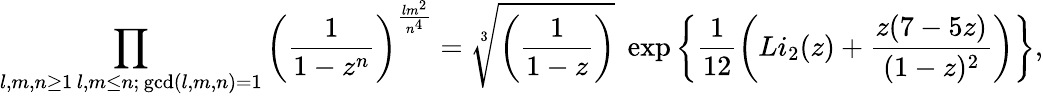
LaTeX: \prod_{\substack{l,m,n\geq 1\, l,m\leq n;\, \operatorname*{gcd}(l,m,n)=1}}\left(\frac{1}{1-z^{n}}\right)^{\frac{lm^{2}}{n^{4}}}=\sqrt[3]{\left(\frac{1}{1-z}\right)}\; \exp\left\{ \frac{1}{12}\left(Li_{2}(z)+\frac{z(7-5z)}{(1-z)^{2}}\right)\right\} ,